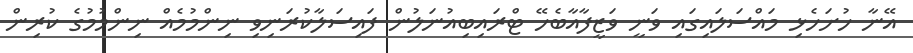
އޭނާ ހުށަހެޅި މައްސަލައިގައި ވަނީ ވަޒީފާއާބެހޭ ޓްރައިބިއުނަލުން ފައިސަލާކުރަނިވި ނިންމުމެއް ނިންމުމުގެ ކުރިން